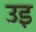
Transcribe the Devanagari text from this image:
उइ